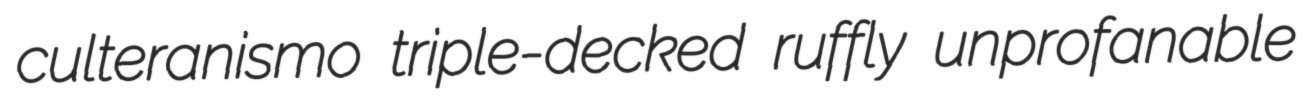
culteranismo triple-decked ruffly unprofanable